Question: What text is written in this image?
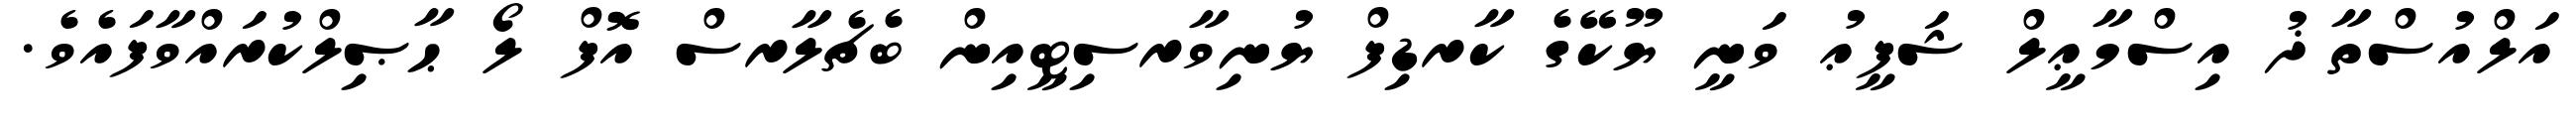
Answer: އަލްއުސްތާޛު އިސްމާޢީލް ޝަފީޢު ވަނީ ޔޫކޭގެ ކާރޑިފް ޔުނިވާރސިޓީއިން ބެޗެލާރސް އޮފް ލޯ ޙާޞިލްކުރައްވާފައެވެ.